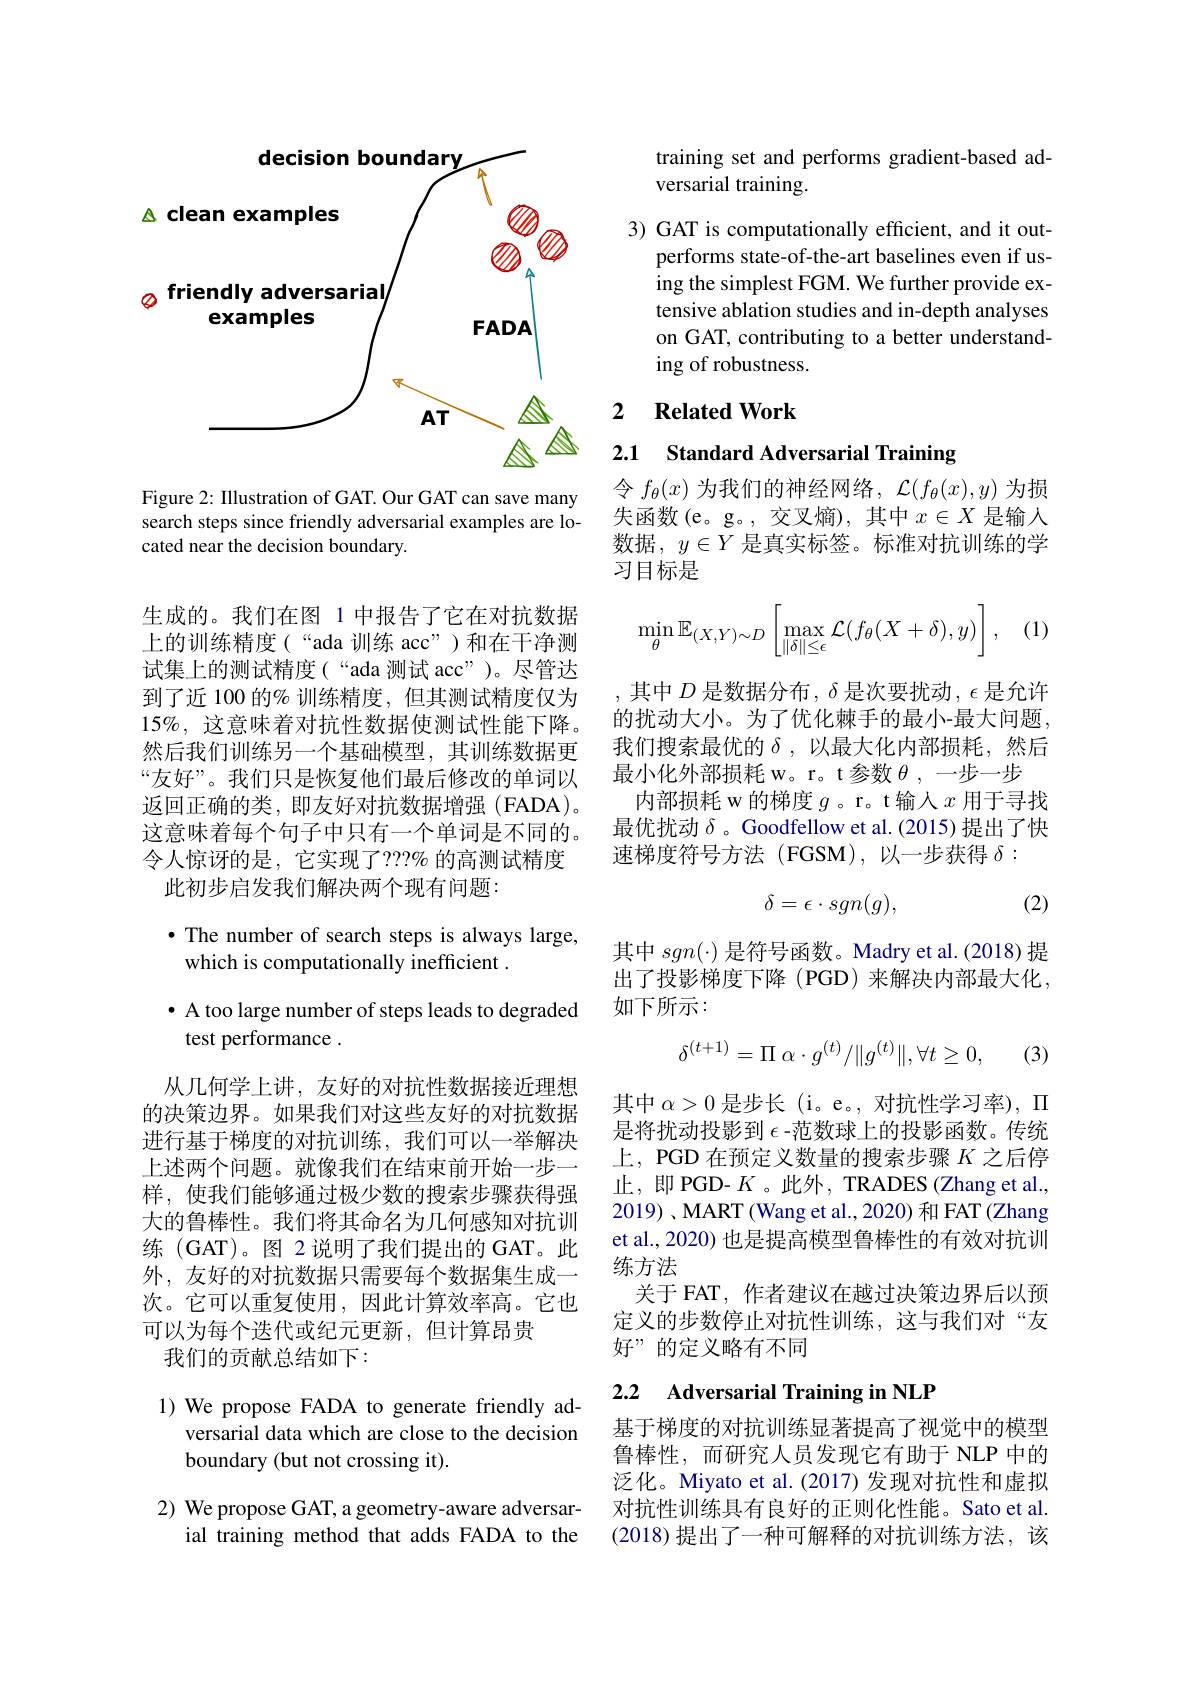
<FigureHere>

Figure 2: Illustration of GAT. Our GAT can save many search steps since friendly adversarial examples are located near the decision boundary.

生成的。我们在图 1 中报告了它在对抗数据上的训练精度(“ada 训练 acc”)和在干净测试集上的测试精度(“ada 测试 acc”)。尽管达到了近 100 的% 训练精度，但其测试精度仅为$15\%$,这意味着对抗性数据使测试性能下降。然后我们训练另一个基础模型，其训练数据更“友好”。我们只是恢复他们最后修改的单词以返回正确的类，即友好对抗数据增强(FADA)。这意味着每个句子中只有一个单词是不同的。令人惊讶的是，它实现了？?% 的高测试精度
此初步启发我们解决两个现有问题：

## $\bullet$ The number of search steps is always large, which is computationally inefficient .

$\bullet$ A too large number of steps leads to degraded
test performance .

从几何学上讲，友好的对抗性数据接近理想的决策边界。如果我们对这些友好的对抗数据进行基于梯度的对抗训练，我们可以一举解决上述两个问题。就像我们在结束前开始一步一样，使我们能够通过极少数的搜索步骤获得强大的鲁棒性。我们将其命名为几何感知对抗训练(GAT)。图 2说明了我们提出的 GAT。此外，友好的对抗数据只需要每个数据集生成一次。它可以重复使用，因此计算效率高。它也可以为每个迭代或纪元更新，但计算昂贵
我们的贡献总结如下：

1) We propose FADA to generate friendly ad-
versarial data which are close to the decision
boundary (but not crossing it).

2) We propose GAT, a geometry-aware adversar-
ial training method that adds FADA to the

training set and performs gradient-based ad-
versarial training.

3) GAT is computationally efficient, and it out-
performs state-of-the-art baselines even if using the simplest FGM. We further provide extensive ablation studies and in-depth analyses on GAT, contributing to a better understanding of robustness.

### 2 $\textbf{Related Work}$

2.1 Standard Adversarial Training

令$f_\theta(x)$为我们的神经网络，$\mathcal{L}(f_\theta(x),y)$为损失函数(e。g。,交叉熵),其中$x\in X$是输入数据$,y\in Y$是真实标签。标准对抗训练的学习目标是

(1)
$$\min\limits_{\theta}\mathbb{E}_{(X,Y)\sim D}\left[\max\limits_{\|\delta\|\leq\epsilon}\mathcal{L}(f_\theta(X+\delta),y)\right],$$
,其中$D$是数据分布$,\delta$是次要扰动$,\epsilon$是允许的扰动大小。为了优化棘手的最小-最大问题， 我们搜索最优的$\delta$,以最大化内部损耗，然后最小化外部损耗 w。r。t 参数$\theta$,一步一步
内部损耗 w 的梯度$g$ 。r。t 输入$x$用于寻找最优扰动$\delta$ 。Goodfellow et al.(2015) 提出了快速梯度符号方法(FGSM),以一步获得$\delta:$
$$\delta=\epsilon\cdot sgn(g),$$
(2)

其中$sgn(\cdot)$是符号函数。Madry et al.(2018)提出了投影梯度下降 (PGD) 来解决内部最大化， 如下所示：
$$\delta^{(t+1)}=\Pi\:\alpha\cdot g^{(t)}/\|g^{(t)}\|,\forall t\geq0,$$
(3)

其中$\alpha>0$是步长 (i。e。, 对抗性学习率), $\Pi$ 是将扰动投影到$\epsilon$ -范数球上的投影函数。传统上，PGD 在预定义数量的搜索步骤$K$之后停止，即 PGD- $K$ 。此外，TRADES (Zhang et al., 2019) , MART ( Wang et al., 2020) 和 FAT (Zhang et al., 2020) 也是提高模型鲁棒性的有效对抗训练方法
关于 FAT, 作者建议在越过决策边界后以预定义的步数停止对抗性训练，这与我们对“友好”的定义略有不同

## 2.2 Adversarial Training in NLP

基于梯度的对抗训练显著提高了视觉中的模型鲁棒性，而研究人员发现它有助于 NLP 中的泛化。Miyato et al.(2017)发现对抗性和虚拟对抗性训练具有良好的正则化性能。Sato et al. (2018)提出了一种可解释的对抗训练方法，该